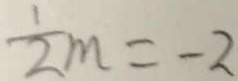
\frac { 1 } { 2 } m = - 2